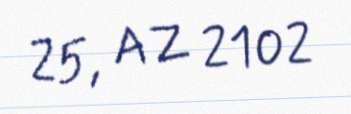
25, AZ 2102